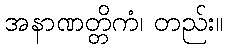
အနာဏတ္တိကံ၊ တည်း။